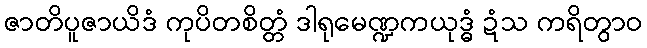
ဇာတိပူဇာယိဒံ ကုပိတစိတ္တံ ဒါရုမေဏ္ဍကယုဒ္ဓံ ဍံသ ကရိတွာဝ